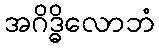
အဂိဒ္ဓိလောဘံ